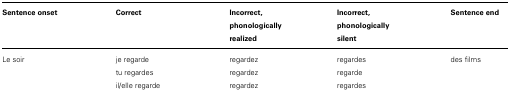
<table><thead><tr><td><b>Sentence onset</b></td><td><b>Correct</b></td><td><b>Incorrect, phonologically realized</b></td><td><b>Incorrect, phonologicallysilent</b></td><td><b>Sentence end</b></td></tr></thead><tbody><tr><td>Le soir</td><td>je regarde tu regardes il/elle regarde</td><td>regardez regardez regardez</td><td>regardesregarderegardes</td><td>des films</td></tr></tbody></table>